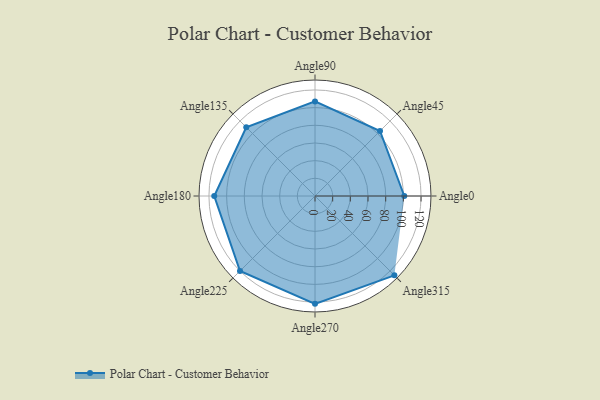
{"axis": {"x": "Angle", "y": "Radius"}, "legend": [""], "data": [{"x": "Angle0", "y": 101.0, "type": ""}, {"x": "Angle45", "y": 104.0, "type": ""}, {"x": "Angle90", "y": 107.0, "type": ""}, {"x": "Angle135", "y": 110.0, "type": ""}, {"x": "Angle180", "y": 114.0, "type": ""}, {"x": "Angle225", "y": 120.0, "type": ""}, {"x": "Angle270", "y": 122.0, "type": ""}, {"x": "Angle315", "y": 127.0, "type": ""}]}